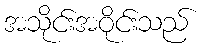
အသိုင်းအဝိုင်းသည်